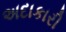
અદાકારી